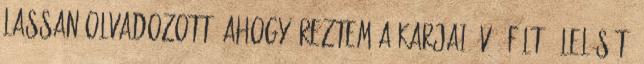
lassan olvadozott, ahogy éreztem a karjai óvó, féltő ölelését,